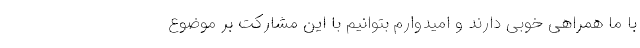
با ما همراهی خوبی دارند و امیدوارم بتوانیم با این مشارکت بر موضوع